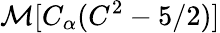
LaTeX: \mathcal{M}[C_{\alpha}(C^{2}-5/2)]